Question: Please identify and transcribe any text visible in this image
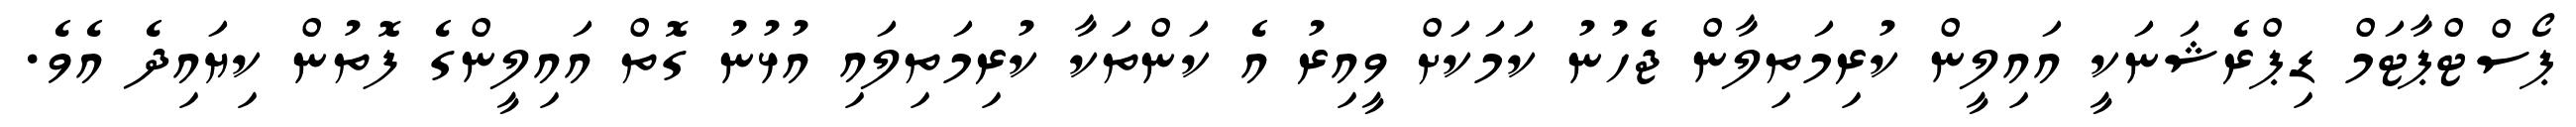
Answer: ޕޯސްޓްޕާޓަމް ޑިޕްރެޝަނަކީ އައިލީން ކުރިމަތިލާން ޖެހުނު ކަމަކަށް ވީއިރު އެ ކަންތަކާ ކުރިމަތިލައި އުޅުނު ގޮތް އައިލީންގެ ފޮތުން ކިޔައިދެ އެވެ.